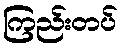
ကြည်းတပ်